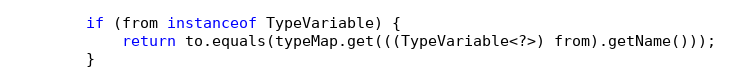
Language: Java
		if (from instanceof TypeVariable) {
			return to.equals(typeMap.get(((TypeVariable<?>) from).getName()));
		}